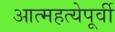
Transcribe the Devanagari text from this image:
आत्महत्येपूर्वी